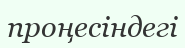
проңесіндегі